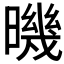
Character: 𣊉